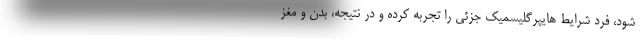
شود، فرد شرایط هایپرگلیسمیک جزئی را تجربه کرده و در نتیجه، بدن و مغز